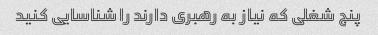
پنج شغلی که نیاز به رهبری دارند را شناسایی کنید